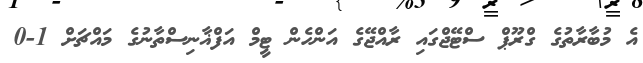
އެ މުބާރާތުގެ ގްރޫޕް ސްޓޭޖްގައި ރާއްޖޭގެ އަންހެން ޓީމް އަފްޣާނިސްތާނުގެ މައްޗަށް 1-0